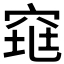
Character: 𰩋